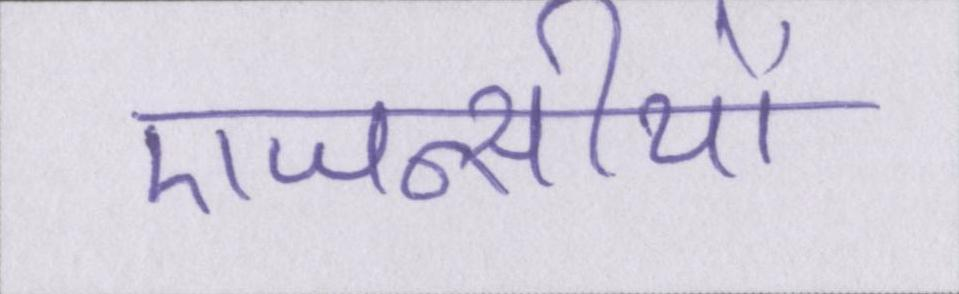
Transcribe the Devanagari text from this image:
एजन्सीयों